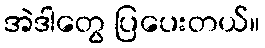
အဲဒါတွေ ပြပေးတယ်။